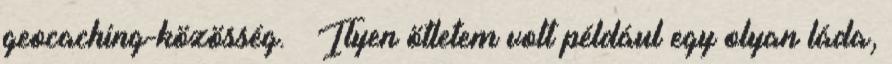
geocaching-közösség. – Ilyen ötletem volt például egy olyan láda,